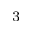
^ 3